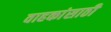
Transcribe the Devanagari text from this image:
वाहकांसाठी